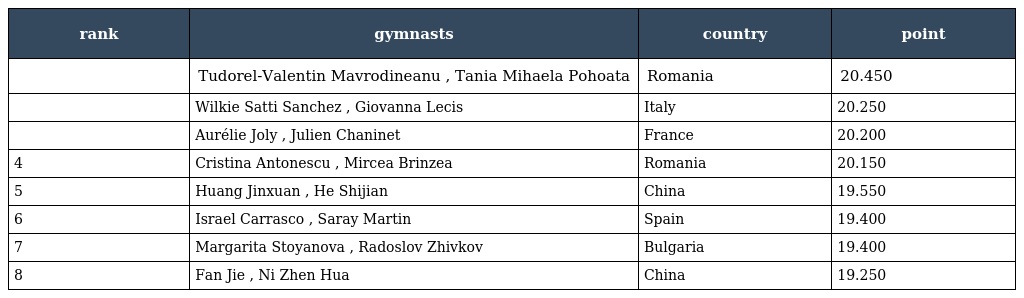
| rank | gymnasts | country | point |
 | --- | --- | --- | --- |
 |  | Tudorel-Valentin Mavrodineanu , Tania Mihaela Pohoata | Romania | 20.450 |
 |  | Wilkie Satti Sanchez , Giovanna Lecis | Italy | 20.250 |
 |  | Aurélie Joly , Julien Chaninet | France | 20.200 |
 | 4 | Cristina Antonescu , Mircea Brinzea | Romania | 20.150 |
 | 5 | Huang Jinxuan , He Shijian | China | 19.550 |
 | 6 | Israel Carrasco , Saray Martin | Spain | 19.400 |
 | 7 | Margarita Stoyanova , Radoslov Zhivkov | Bulgaria | 19.400 |
 | 8 | Fan Jie , Ni Zhen Hua | China | 19.250 |